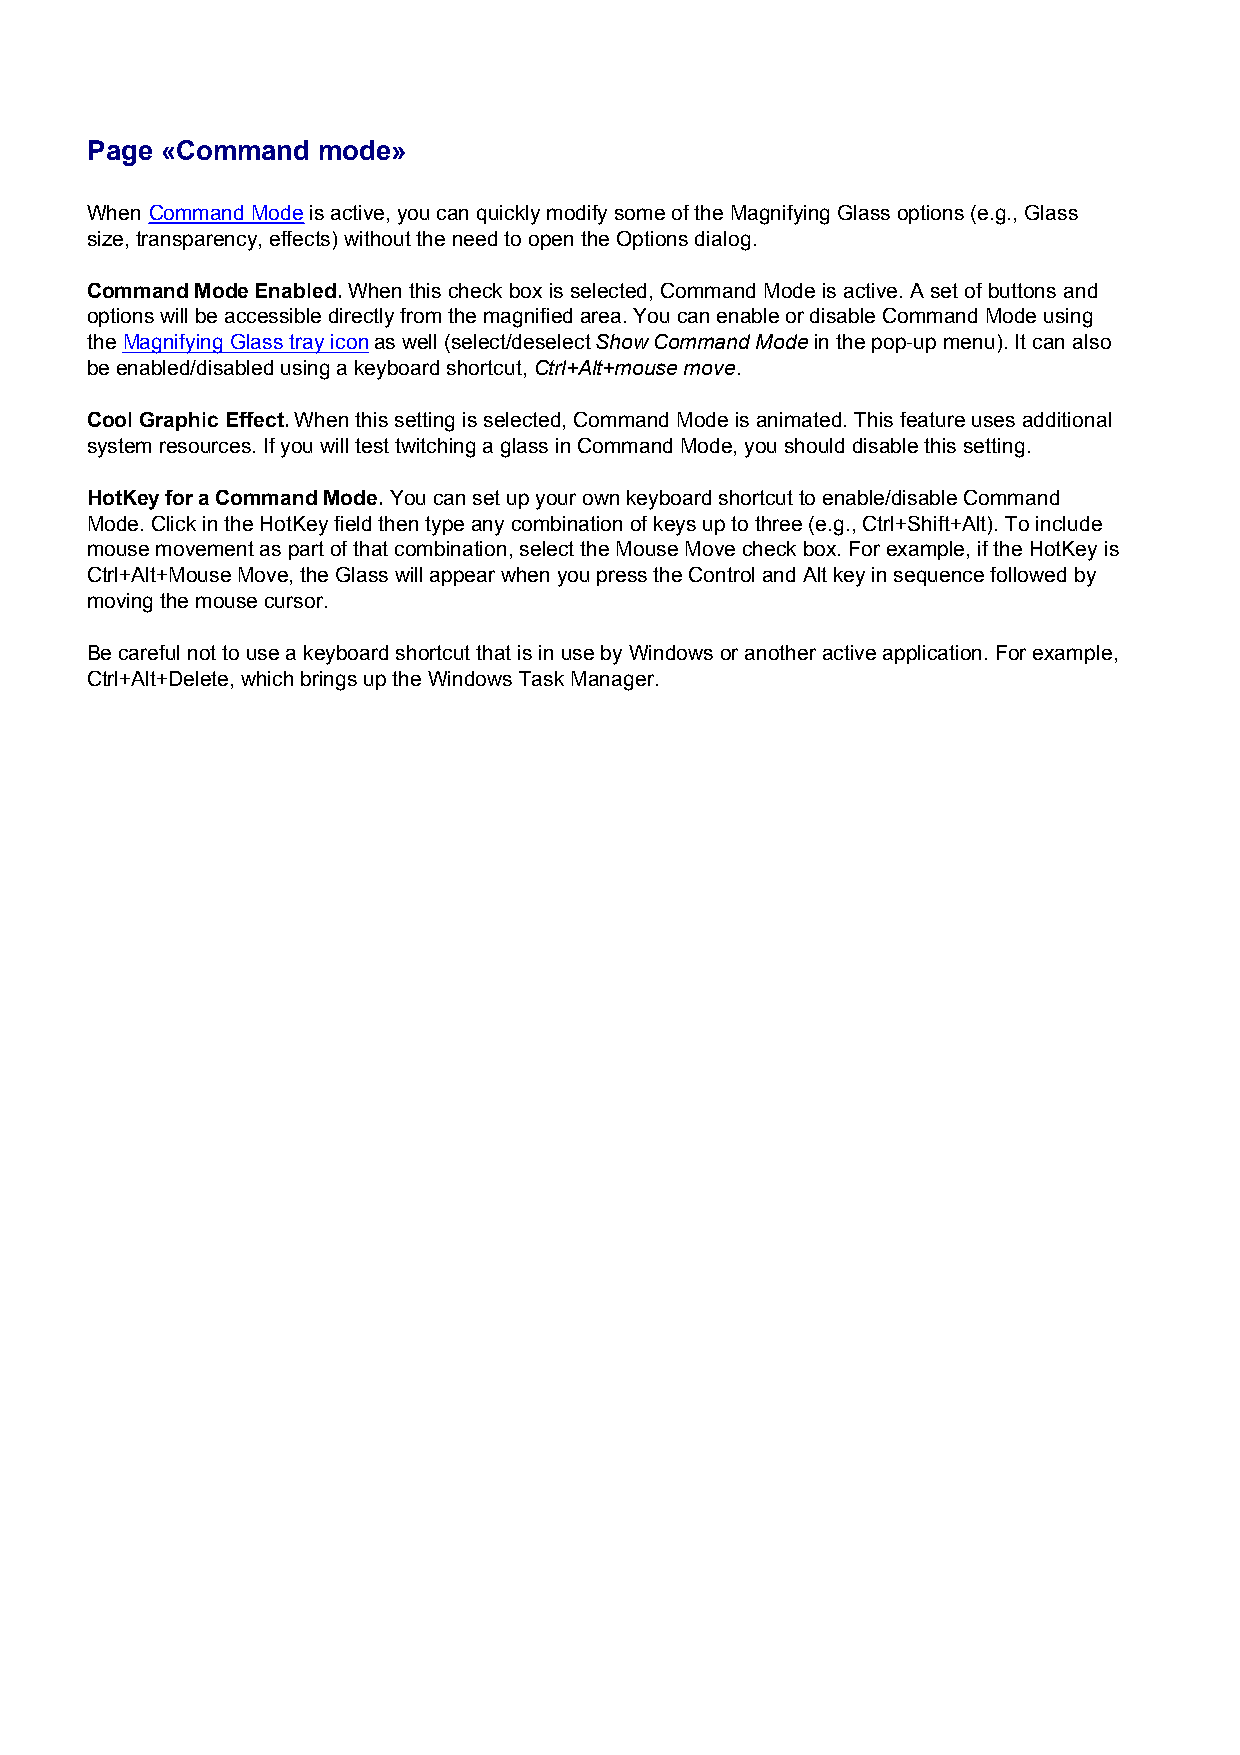
Page «Command  mode»
 When Command Mode is active, you can quickly modify some of the Magnifying Glass options (e.g., Glass
 size, transparency, effects) without the need to open the Options dialog.
 Command Mode Enabled. When this check box is selected, Command Mode is active. A set of buttons and
 options will be accessible directly from the magnified area. You can enable or disable Command Mode using
 the Magnifying Glass tray icon as well (select/deselect Show Command Mode in the pop-up menu). It can also
 be enabled/disabled using a keyboard shortcut, Ctrl+Alt+mouse move.
 Cool Graphic Effect. When this setting is selected, Command Mode is animated. This feature uses additional
 system resources. If you will test twitching a glass in Command Mode, you should disable this setting.
 HotKey for a Command Mode. You can set up your own keyboard shortcut to enable/disable Command
 Mode. Click in the HotKey field then type any combination of keys up to three (e.g., Ctrl+Shift+Alt). To include
 mouse movement as part of that combination, select the Mouse Move check box. For example, if the HotKey is
 Ctrl+Alt+Mouse Move, the Glass will appear when you press the Control and Alt key in sequence followed by
 moving the mouse cursor.
 Be careful not to use a keyboard shortcut that is in use by Windows or another active application. For example,
 Ctrl+Alt+Delete, which brings up the Windows Task Manager.